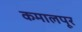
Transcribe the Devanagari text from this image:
कमालपूर